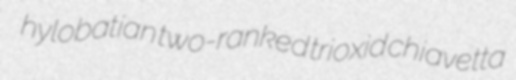
hylobatian two-ranked trioxid chiavetta